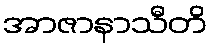
အာဇာနာသီတိ